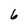
Character: 6